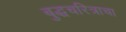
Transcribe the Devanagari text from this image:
बुद्धचरित्राचा